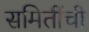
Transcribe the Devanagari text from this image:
समितींची